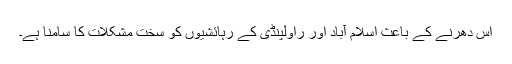
اس دھرنے کے باعث اسلام آباد اور راولپنڈی کے رہائشیوں کو سخت مشکلات کا سامنا ہے۔